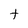
Character: t